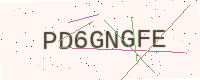
Text: PD6GNGFE